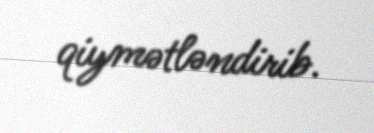
qiymətləndirib.